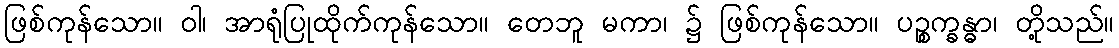
ဖြစ်ကုန်သော။ ဝါ၊ အာရုံပြုထိုက်ကုန်သော။ တေဘူ မကာ၊ ၌ ဖြစ်ကုန်သော။ ပဉ္စက္ခန္ဓာ၊ တို့သည်။